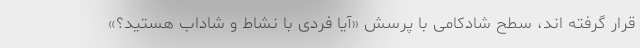
قرار گرفته اند، سطح شادکامی با پرسش «آیا فردی با نشاط و شاداب هستید؟»